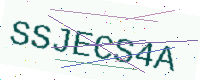
Text: SSJECS4A